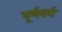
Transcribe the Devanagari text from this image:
पूर्णवर्ग